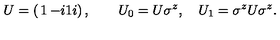
U = \left( \begin{matrix} { 1 } & { - i } \\ { 1 } & { i } \\ \end{matrix} \right) , \qquad U _ { 0 } = U \sigma ^ { z } , \quad U _ { 1 } = \sigma ^ { z } U \sigma ^ { z } .